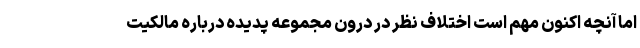
اما آنچه اکنون مهم است اختلاف نظر در درون مجموعه پدیده درباره مالکیت